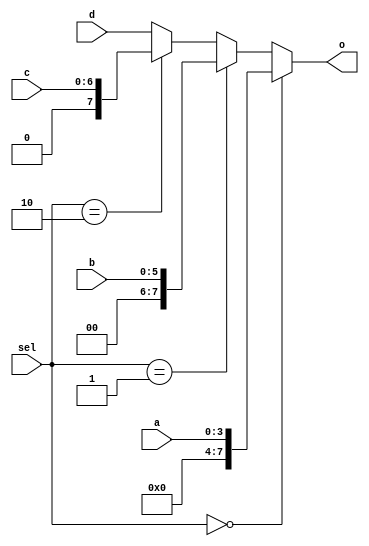
`timescale 1ns / 1ps
//////////////////////////////////////////////////////////////////////////////////
// Company: 
// Engineer: 
// 
// Design Name: 
// Module Name: mux2Always
// Project Name: 
// Target Devices: 
// Tool Versions: 
// Description: 
// 
// Dependencies: 
// 
// Revision:
// Revision 0.01 - File Created
// Additional Comments:
// 
//////////////////////////////////////////////////////////////////////////////////

module mux2Always(
        input wire [3:0]a,
        input wire [5:0]b,
        input wire [6:0]c,
        input wire [7:0]d,
        input wire [1:0] sel,
        output reg [7:0]o
    );

    always @(*) begin 
        if(sel == 2'b00) begin 
            o[7:0] = {4'b0,a[3:0]};
        end else if(sel == 2'b01) begin 

            o[7:0] = {2'b0,b[5:0]};
        end else if(sel == 2'b10) begin 

            o[7:0] = {1'b0,c[6:0]};
        end else begin 
        
            o[7:0] = d[7:0] ;
            
        end 
            
    end 
    
endmodule